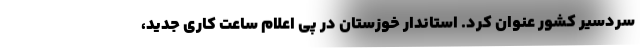
سردسیر کشور عنوان کرد. استاندار خوزستان در پی اعلام ساعت کاری جدید،